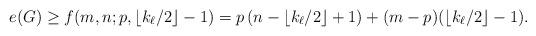
LaTeX: \begin{align*}e(G)\geq f(m,n; p, \left\lfloor k_\ell/2 \right\rfloor-1)= p \left(n-\left\lfloor k_\ell/2 \right\rfloor+1\right)+(m-p)(\left\lfloor k_\ell/2 \right\rfloor-1).\end{align*}